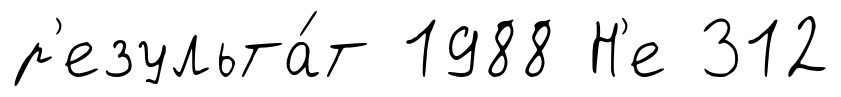
р'езульта́т 1988 Н'е 312